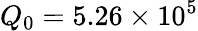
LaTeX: Q_{0}=5.26\times 10^{5}